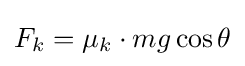
F_{k}=\mu _{k}\cdot mg\cos {\theta }